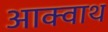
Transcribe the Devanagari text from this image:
आक्वाथ